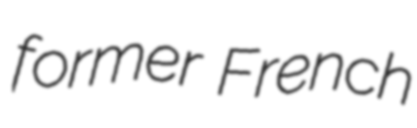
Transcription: former French